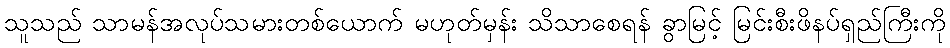
သူသည် သာမန်အလုပ်သမားတစ်ယောက် မဟုတ်မှန်း သိသာစေရန် ခွာမြင့် မြင်းစီးဖိနပ်ရှည်ကြီးကို